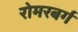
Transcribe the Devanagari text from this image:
रोमरबर्ग